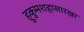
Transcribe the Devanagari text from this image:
हुकुमशहासारखा